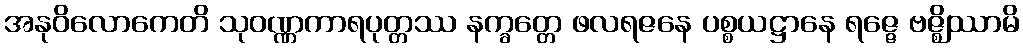
အနုဝိလောကေတိ သုဝဏ္ဏကာရပုတ္တဿ နက္ခတ္တေ ဖလရဇနေ ပစ္စယဋ္ဌာနေ ရဇ္ဇေ ဗဇ္ဈိဿာမိ